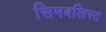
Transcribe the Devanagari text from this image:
सिमबलिस्ट